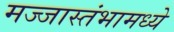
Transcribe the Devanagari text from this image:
मज्जास्तंभामध्ये